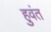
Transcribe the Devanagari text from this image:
हुवंत